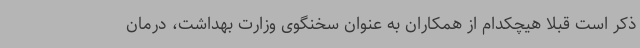
ذکر است قبلاً هیچکدام از همکاران به عنوان سخنگوی وزارت بهداشت، درمان